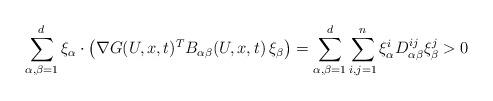
LaTeX: \begin{align*}\sum_{\alpha,\beta=1}^d\xi_\alpha \cdot \left(\nabla G(U,x,t)^T B_{\alpha \beta} (U,x,t) \, \xi_\beta\right) =\sum_{\alpha,\beta=1}^d\sum_{i,j=1}^n\xi_\alpha^i D_{\alpha\beta}^{ij} \xi_\beta^j > 0 \end{align*}